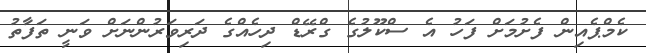
ކެމްޕެއިން ފެށުމަށް ފަހު އެ ސްކޫލުގެ ގްރޭޑް ދިހެއްގެ ދަރިވަރުންނަށް ވަނީ ތަފާތު